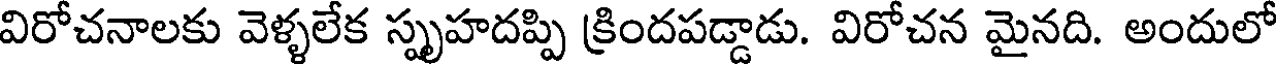
విరోచనాలకు వెళ్ళలేక స్పృహదప్పి క్రిందపడ్డాడు. విరోచన మైనది. అందులో